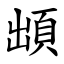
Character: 䪼